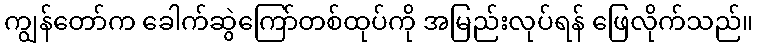
ကျွန်တော်က ခေါက်ဆွဲကြော်တစ်ထုပ်ကို အမြည်းလုပ်ရန် ဖြေလိုက်သည်။